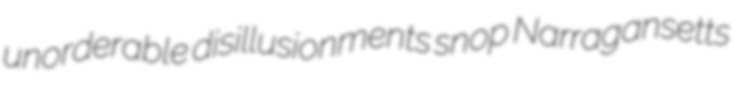
unorderable disillusionments snop Narragansetts